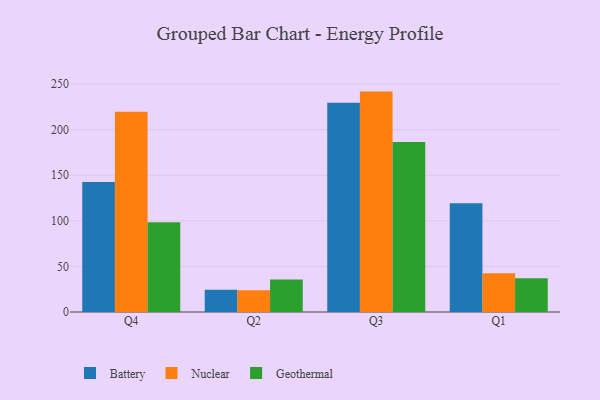
{"axis": {"x": "Quarter", "y": "Shipments"}, "legend": ["Battery", "Geothermal", "Nuclear"], "data": [{"x": "Q4", "y": 142.6, "type": "Battery"}, {"x": "Q4", "y": 219.6, "type": "Nuclear"}, {"x": "Q4", "y": 98.4, "type": "Geothermal"}, {"x": "Q2", "y": 24.3, "type": "Battery"}, {"x": "Q2", "y": 23.9, "type": "Nuclear"}, {"x": "Q2", "y": 35.7, "type": "Geothermal"}, {"x": "Q3", "y": 229.6, "type": "Battery"}, {"x": "Q3", "y": 241.8, "type": "Nuclear"}, {"x": "Q3", "y": 186.4, "type": "Geothermal"}, {"x": "Q1", "y": 119.4, "type": "Battery"}, {"x": "Q1", "y": 42.5, "type": "Nuclear"}, {"x": "Q1", "y": 37.1, "type": "Geothermal"}]}